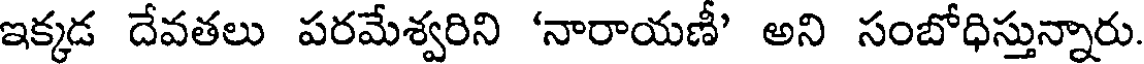
ఇక్కడ దేవతలు పరమేశ్వరిని 'నారాయణీ' అని సంబోధిస్తున్నారు